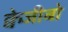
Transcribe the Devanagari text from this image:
क्वेजीबो